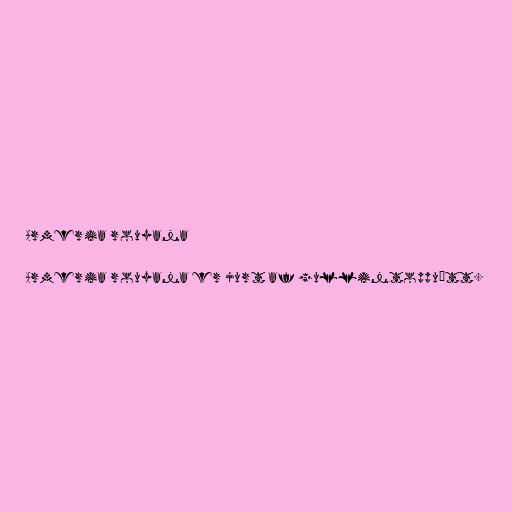
Armeria rouyana

Armeria rouyana er jurt af gullintoppuætt.